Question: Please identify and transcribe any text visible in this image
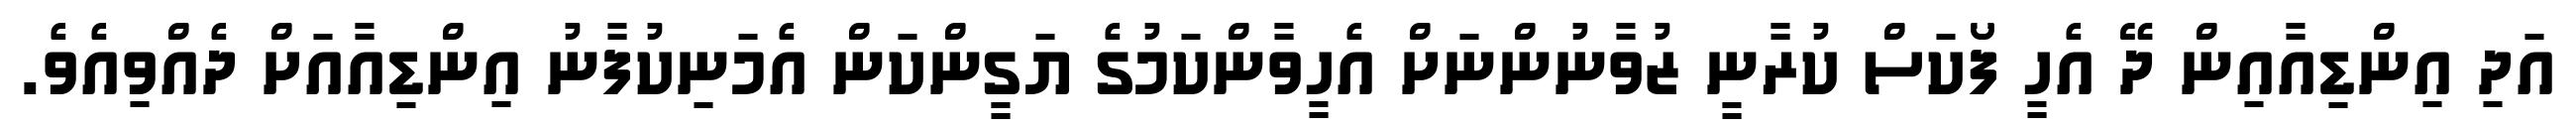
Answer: އަދި އިންޑިއާއިން ދޭ އެހީ ފޯކަސް ކުރާނީ ޒުވާނުންނަށް އެހީވާންކަމުގެ ޔަގީންކަން އެމަނިކުފާނު އިންޑިއާއަށް ދެއްވިއެވެ.